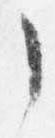
了